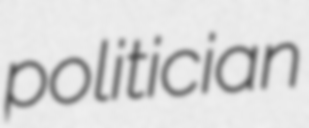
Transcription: politician